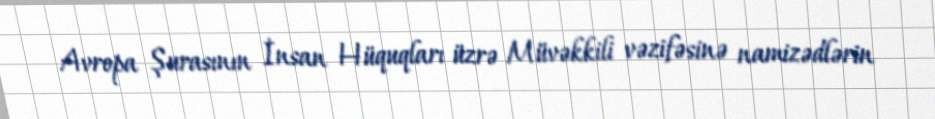
Avropa Şurasının İnsan Hüquqları üzrə Müvəkkili vəzifəsinə namizədlərin